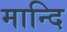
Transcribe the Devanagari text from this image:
मान्दि